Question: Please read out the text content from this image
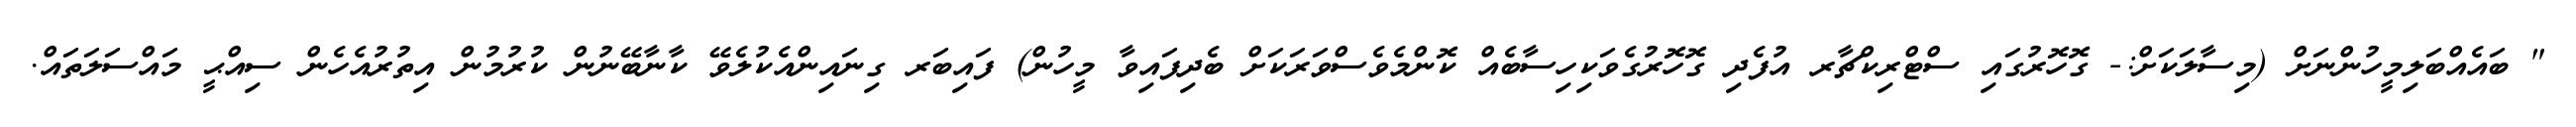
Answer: " ބައެއްބަލިމީހުންނަށް (މިސާލަކަށް:- ގޮހޮރުގައި ސްޓްރިކްޗާރ އުފެދި ގޮހޮރުގެވަކިހިސާބެއް ކޮންމެވެސްވަރަކަށް ބެދިފައިވާ މީހުން) ފައިބަރ ގިނައިންއެކުލެވޭ ކާނާބޭނުން ކުރުމުން އިތުރުއެހެން ސިއްޙީ މައްސަލަތައް.